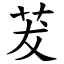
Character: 茇